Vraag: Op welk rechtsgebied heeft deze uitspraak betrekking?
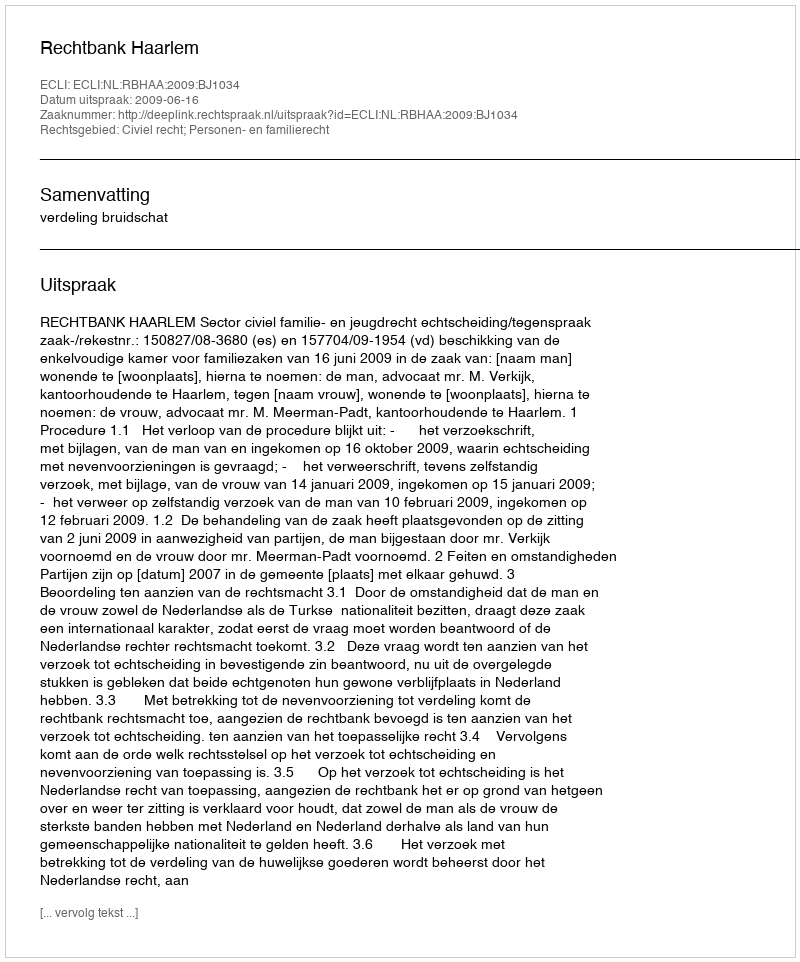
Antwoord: Civiel recht; Personen- en familierecht